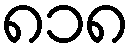
၈၁၈